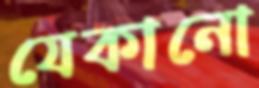
যেকানো